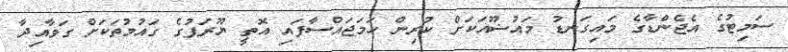
ސަމިޓުގެ އެޖެންޑާގެ މައިގަނޑު މައުޟޫއަކަށް ކުރިން ހަމަޖައްސާފައި އޮތީ ޔޫރަޕުގެ ގައުމުތަކަށް ގަވާއިދާ